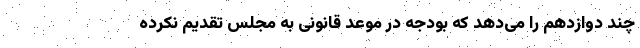
چند دوازدهم را می‌دهد که بودجه در موعد قانونی به مجلس تقدیم نکرده